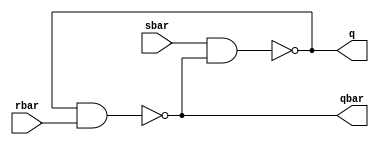
module sr_latch (
sbar, 
rbar, 
q, 
qbar );
//  
input sbar;
input rbar;
output q;
output qbar;
reg qbar;
// output    wire
assign q = ~(sbar & qbar);
always @(q or rbar)
qbar = ~(q & rbar);
endmodule